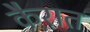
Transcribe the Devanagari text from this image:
कैरात